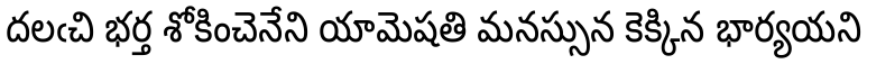
దలఁచి భర్త శోకించెనేని యామెషతి మనస్సున కెక్కిన భార్యయని